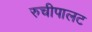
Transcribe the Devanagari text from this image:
रुचीपालट